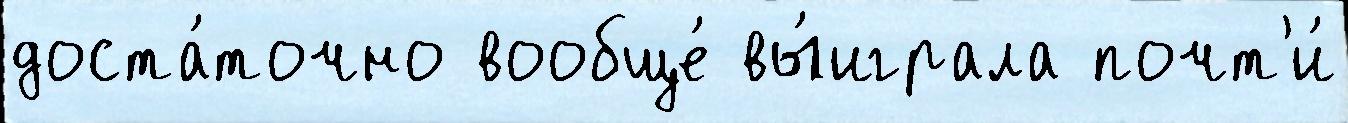
доста́точно вообще́ вы́играла почт'и́